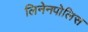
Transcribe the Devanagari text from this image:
लिनेनपोलिस